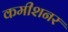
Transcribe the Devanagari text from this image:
कमीशनर